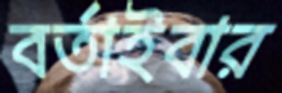
বর্তাইবার